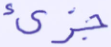
جزئ